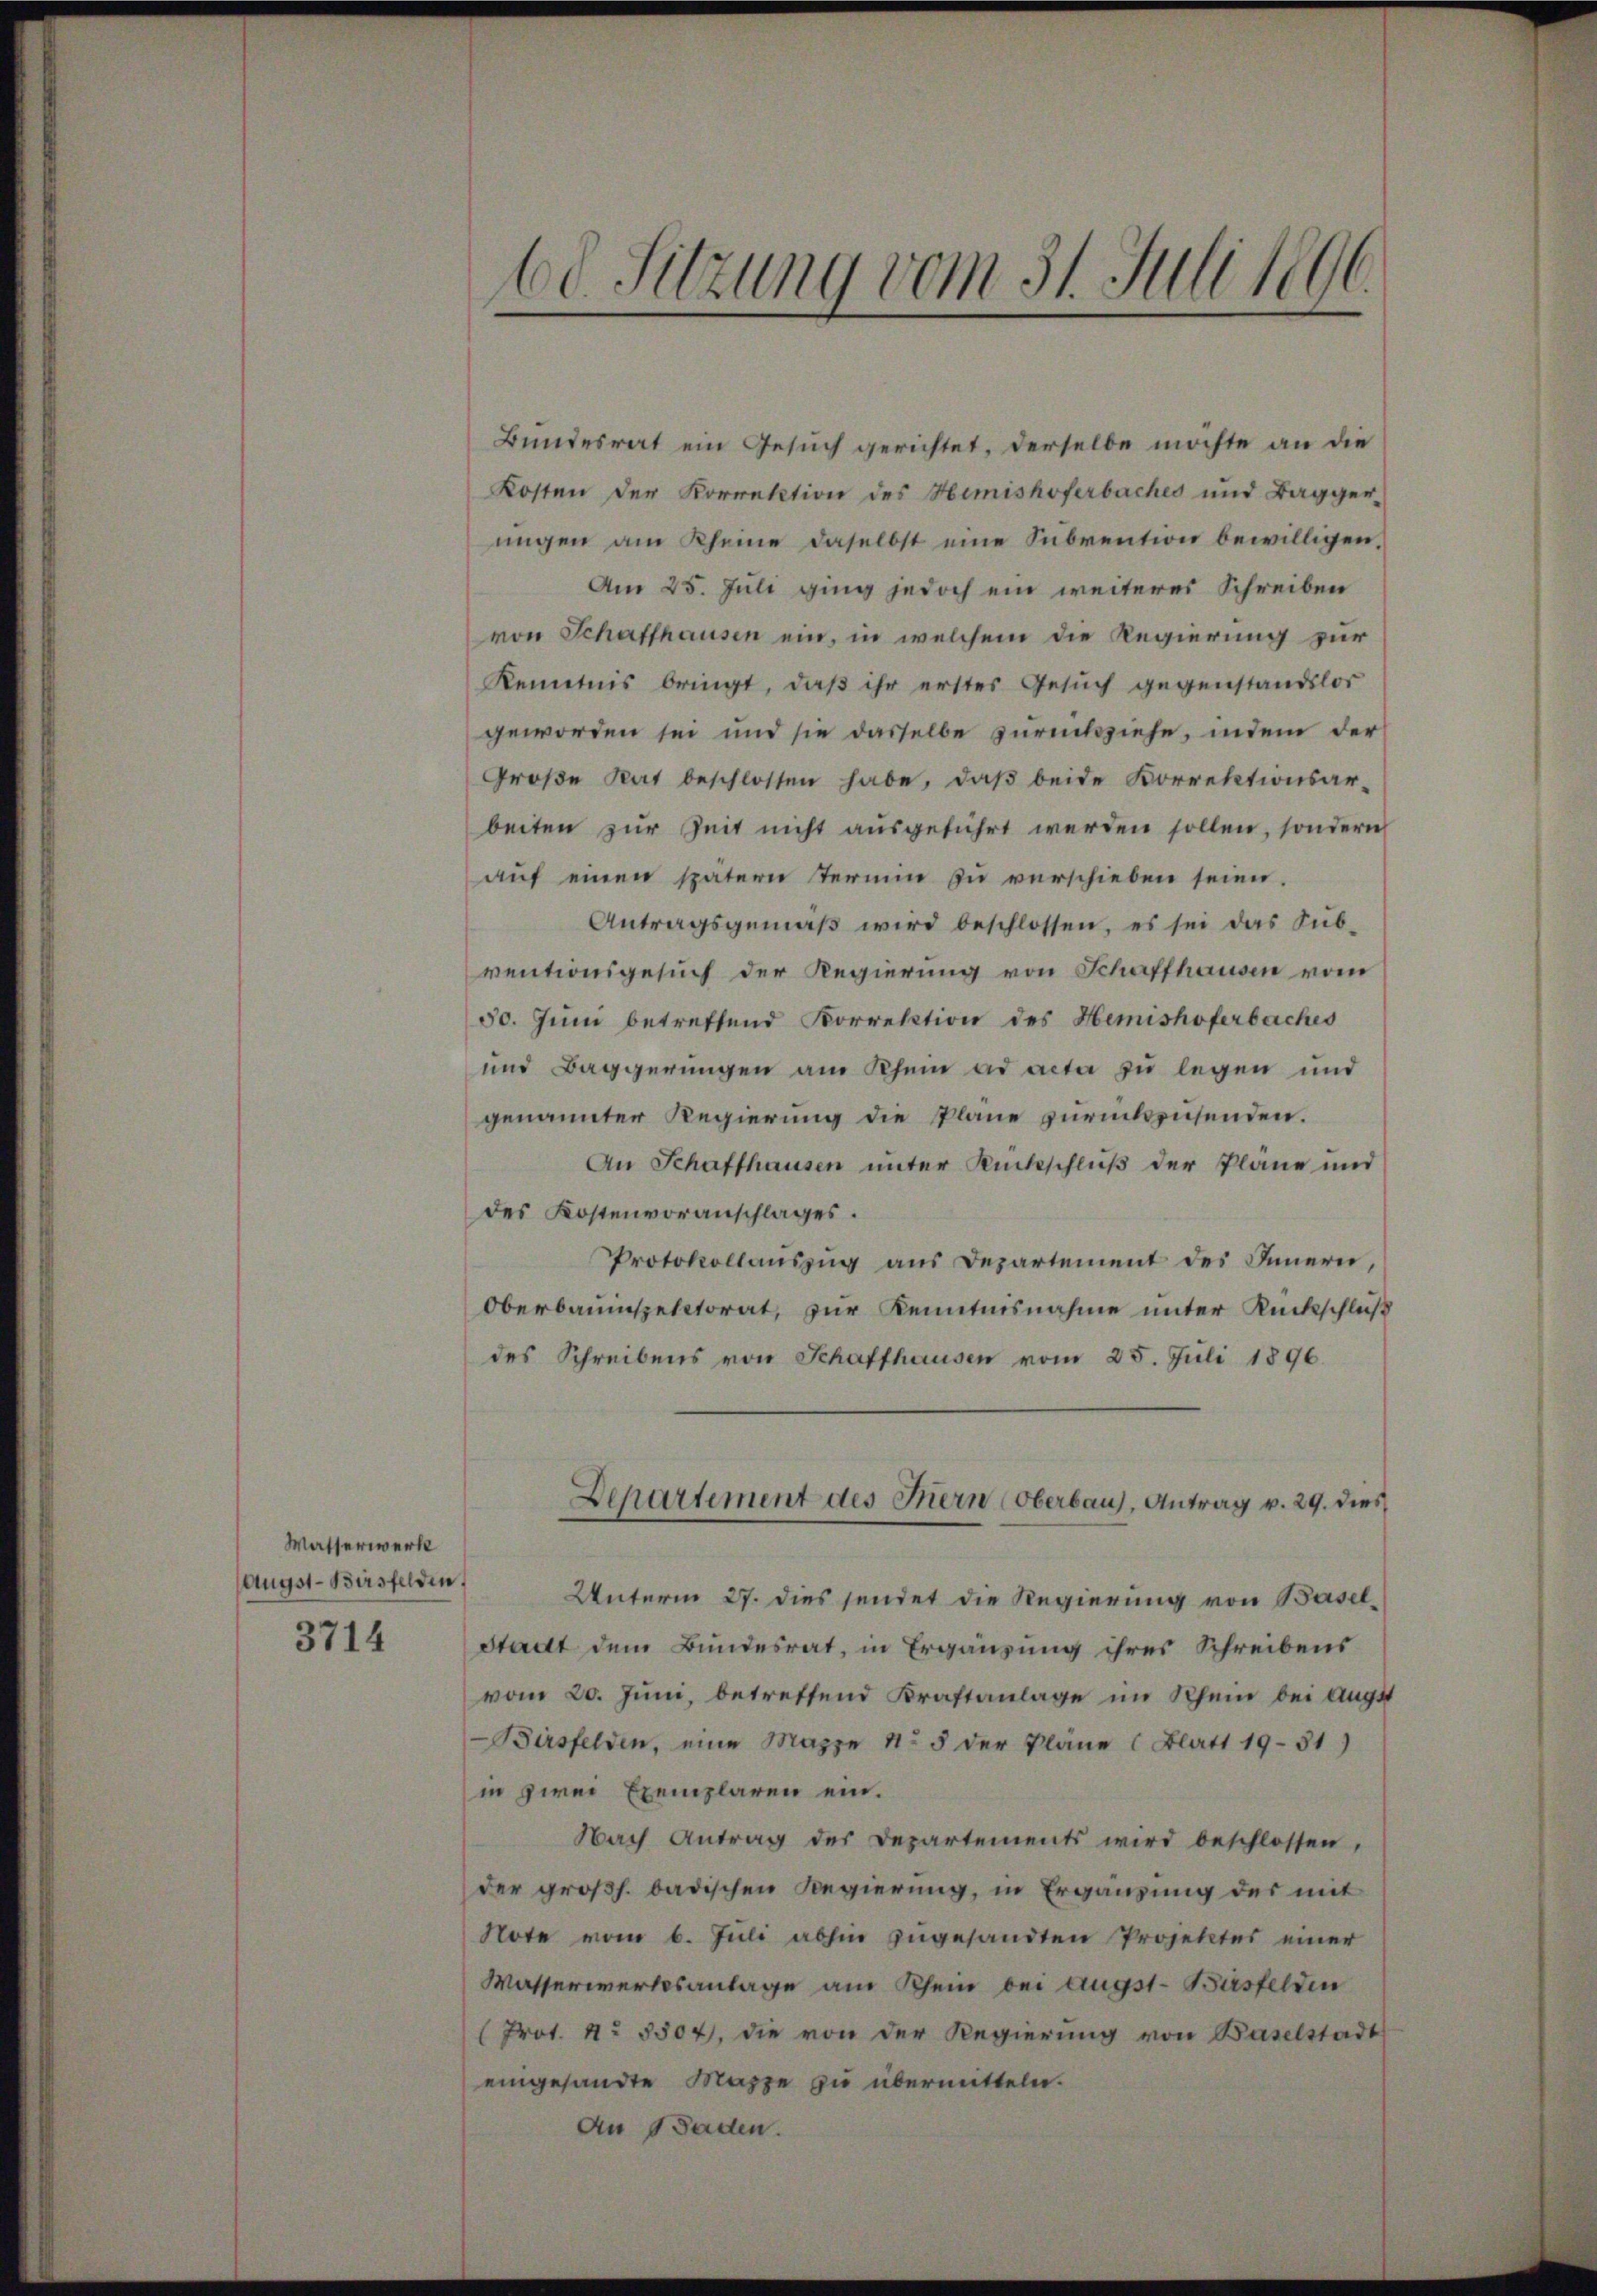
Watserwerk
Augst-Birsfelden,
3714

60. Sitzung vom 31. Juli 1896.

Bundesrat ein Gesuch gerichtet, derselbe möchte an die
Kosten der Korrektion des Hemishoferbaches und Bagger-
ungen am Rheine daselbst eine Subvention bewilligen,
Am 25. Juli ging jedoch ein weiteres Schreiben
von Schaffhausen ein, in welchem die Regierung zur
kenntnis bringt, daβ ihr erstes Gesŭch gegenstandslos
geworden sei und sie dasselbe zurückziehe, indem der
Groβe Rat beschlossen habe, daβ beide Korrektionsar-
beiten zur Zeit nicht ausgeführt werden sollen, sondern
auf einen spätern Termin zu verschieben seien.
Antragsgemäβ wird beschlossen, es sei das Sub-
ventionsgesuch der Regierung von Schaffhausen vom
50. Juni betreffend Korrektion des Hemishoferbaches
und Baggerŭngen am Rhein ad acta zu legen und
genannter Regierung die Pläne zurückzusenden.
An Schaffhausen unter Rückschluß der Pläne und
des Kostenvoranschlages.
Protokollauszug aus Departement des Innern,
Oberbauinspektorat, zur Kenntnisnahme unter Rückschluß
des Schreibens von Schaffhausen vom 25. Juli 1896.
Departement des Hern (Oberbaus, Antrag v. 29. dies
Unterm 27. dies sendet die Regierung von Basel¬
Stadt dem Bundesrat, in Ergänzung ihres Schreibens
vom 20. Juni, betreffend Kraftanlage im Rhein bei Augst
Birsfelden, eine Mappe No 5 der Pläne (Blatt 1931)
in zwei Exemplaren ein.
Nach Antrag des Departements wird beschlossen,
der großh. badischen Regierung, in Ergänzung des mit
Note vom 6. Juli abhin zugesandten Projektes einer
Wasserwerksanlage am Rhein bei Augst-Bürsfelden
(Prot. No 8504, die von der Regierung von Baselstadt
eingesandte Mappe zu übermitteln.
An Baden.